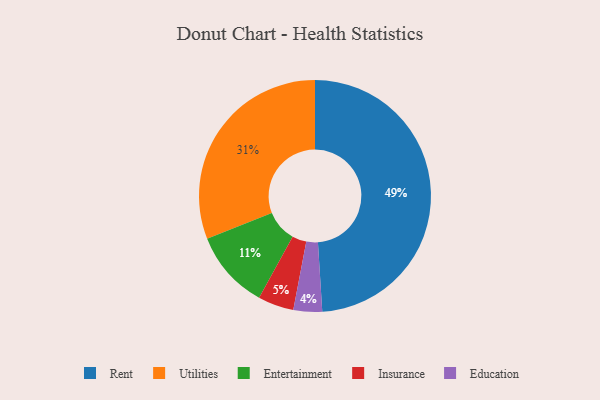
{"axis": {"x": "Category", "y": "Percentage"}, "legend": ["Education", "Entertainment", "Insurance", "Rent", "Utilities"], "data": [{"x": "Education", "y": 4, "type": "Education"}, {"x": "Insurance", "y": 5, "type": "Insurance"}, {"x": "Utilities", "y": 31, "type": "Utilities"}, {"x": "Rent", "y": 49, "type": "Rent"}, {"x": "Entertainment", "y": 11, "type": "Entertainment"}]}